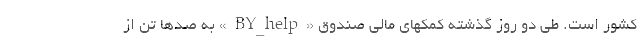
کشور است. طی دو روز گذشته کمکهای مالی صندوق «BY_help» به صدها تن از